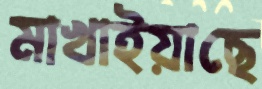
মাখাইয়াছে